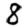
Digit: 8